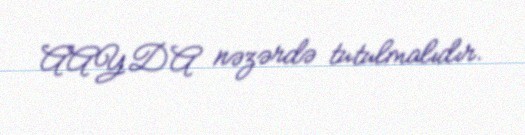
AAYDA nəzərdə tutulmalıdır.